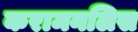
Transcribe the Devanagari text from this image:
करामनलिस